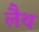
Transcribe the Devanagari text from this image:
लैथ